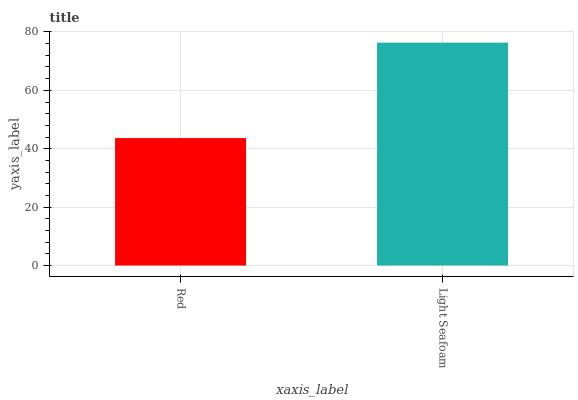
| xaxis_label | bars |
 | --- | --- |
 | Red | 43.7 |
 | Light Seafoam | 76.3 |